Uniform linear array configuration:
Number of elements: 8
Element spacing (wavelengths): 0.25
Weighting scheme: hamming
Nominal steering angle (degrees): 30
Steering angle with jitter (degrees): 30.444
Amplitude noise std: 0.05
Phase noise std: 0.05

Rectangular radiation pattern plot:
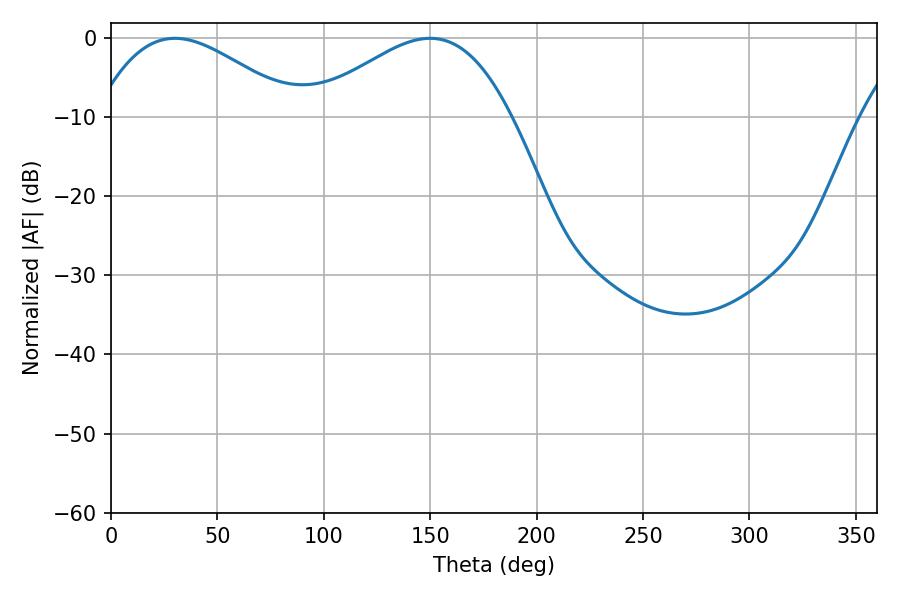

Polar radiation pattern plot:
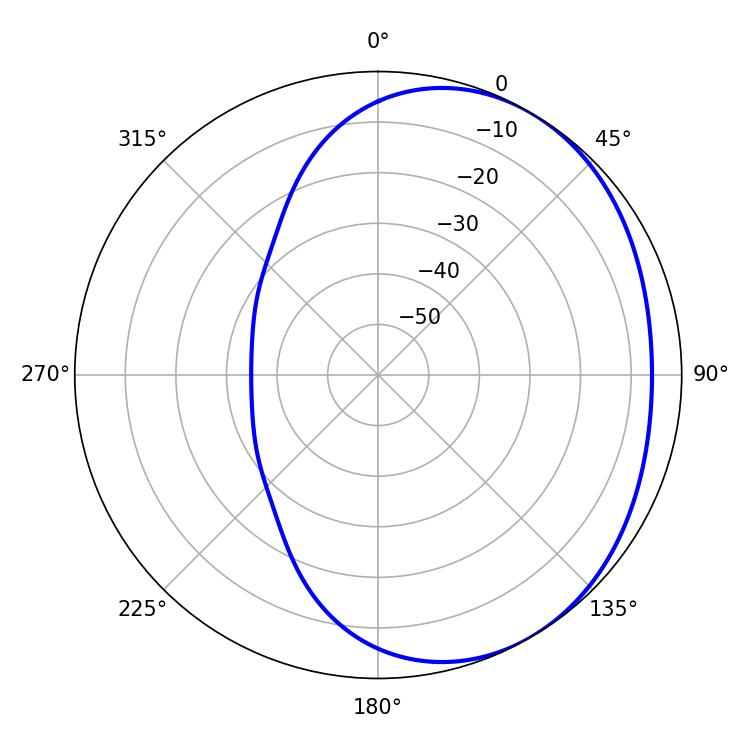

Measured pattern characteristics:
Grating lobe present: FALSE
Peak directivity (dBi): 2.621
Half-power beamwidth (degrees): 50.94
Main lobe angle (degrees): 30.06